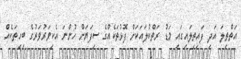
އަތްތިލަ އަދި ފައިތިލައިގައި މަޑު ރަތްކުލައަކަށް ފޮޅުތަކެއްގެ ސިފަޔަށް ހުންނަ އެކިވަރުވަރުގެ ބިހިތަކެއް